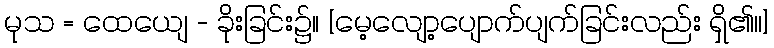
မုသ = ထေယျေ - ခိုးခြင်း၌။ [မေ့လျော့ပျောက်ပျက်ခြင်းလည်း ရှိ၏၊၊]